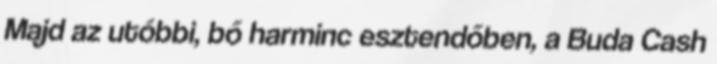
Majd az utóbbi, bő harminc esztendőben, a Buda Cash